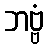
ဘဗ္ဗံ